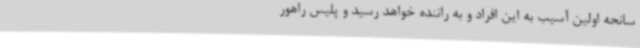
سانحه اولین آسیب به این افراد و به راننده خواهد رسید و پلیس راهور